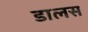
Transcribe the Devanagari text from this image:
डालस